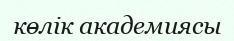
көлік академиясы